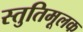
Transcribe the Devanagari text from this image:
स्तुतिमूलक